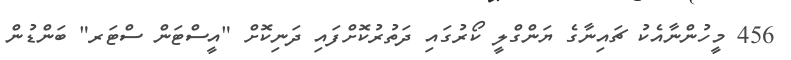
456 މީހުންނާއެކު ޗައިނާގެ ޔަންގްލީ ކޯރުގައި ދަތުރުކޮށްފައި ދަނިކޮށް "އީސްޓަން ސްޓަރ" ބަންޑުން